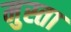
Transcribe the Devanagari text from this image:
मुस्ता